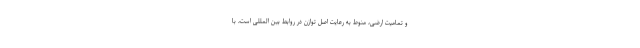
و تمامیت ارضی، منوط به رعایت اصل توازن در روابط بین المللی است، با